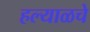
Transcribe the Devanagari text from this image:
हल्याळचे